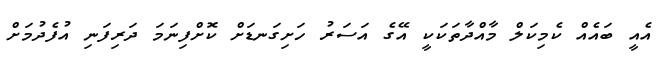
އެއީ ބައެއް ކެމިކަލް މާއްދާތަކަކީ އޭގެ އަސަރު ހަށިގަނޑަށް ކޮށްފިނަމަ ދަރިފަނި އުފެދުމަށް